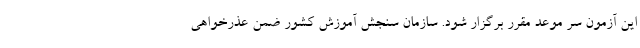
این آزمون سر موعد مقرر برگزار شود. سازمان سنجش آموزش کشور ضمن عذرخواهی